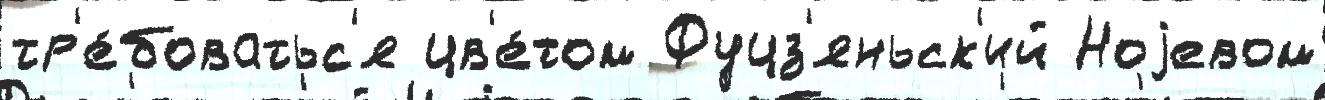
тр'е́боватьс'я цв'е́том Фуцз'яньск'ий Ноjевом